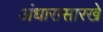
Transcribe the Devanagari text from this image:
अंधारासारखे